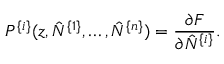
P ^ { \{ i \} } ( z , \hat { N } ^ { \{ 1 \} } , \ldots , \hat { N } ^ { \{ n \} } ) = \frac { \partial F } { \partial \hat { N } ^ { \{ i \} } } .